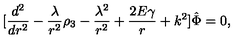
\lbrack { \frac { d ^ { 2 } } { d r ^ { 2 } } } - { \frac { \lambda } { r ^ { 2 } } } \rho _ { 3 } - { \frac { \lambda ^ { 2 } } { r ^ { 2 } } } + { \frac { 2 E \gamma } { r } } + k ^ { 2 } \rbrack \hat { \Phi } = 0 ,